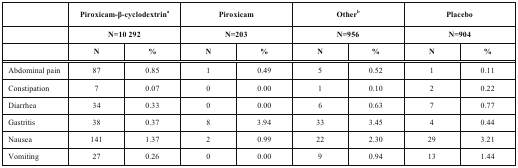
|  | <COLSPAN=2> Piroxicam-β-cyclodextrina | <COLSPAN=2> Piroxicam | <COLSPAN=2> Otherb | <COLSPAN=2> Placebo |
 |  | <COLSPAN=2> N=10 292 | <COLSPAN=2> N=203 | <COLSPAN=2> N=956 | <COLSPAN=2> N=904 |
 |  | N | % | N | % | N | % | N | % |
 | --- | --- | --- | --- | --- | --- | --- | --- | --- |
 | Abdominal pain | 87 | 0.85 | 1 | 0.49 | 5 | 0.52 | 1 | 0.11 |
 | Constipation | 7 | 0.07 | 0 | 0.00 | 1 | 0.10 | 2 | 0.22 |
 | Diarrhea | 34 | 0.33 | 0 | 0.00 | 6 | 0.63 | 7 | 0.77 |
 | Gastritis | 38 | 0.37 | 8 | 3.94 | 33 | 3.45 | 4 | 0.44 |
 | Nausea | 141 | 1.37 | 2 | 0.99 | 22 | 2.30 | 29 | 3.21 |
 | Vomiting | 27 | 0.26 | 0 | 0.00 | 9 | 0.94 | 13 | 1.44 |